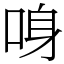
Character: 𠲳